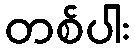
တစ်ပါး